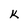
Character: k